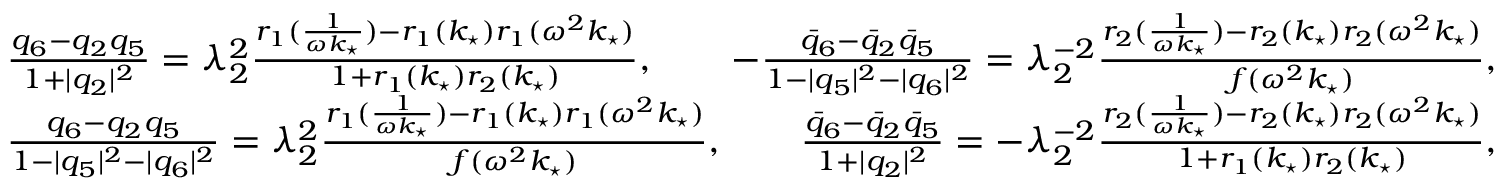
\begin{array} { r } { \frac { q _ { 6 } - q _ { 2 } q _ { 5 } } { 1 + | q _ { 2 } | ^ { 2 } } = \lambda _ { 2 } ^ { 2 } \frac { r _ { 1 } ( \frac { 1 } { \omega k _ { \star } } ) - r _ { 1 } ( k _ { \star } ) r _ { 1 } ( \omega ^ { 2 } k _ { \star } ) } { 1 + r _ { 1 } ( k _ { \star } ) r _ { 2 } ( k _ { \star } ) } , \qquad - \frac { \bar { q } _ { 6 } - \bar { q } _ { 2 } \bar { q } _ { 5 } } { 1 - | q _ { 5 } | ^ { 2 } - | q _ { 6 } | ^ { 2 } } = \lambda _ { 2 } ^ { - 2 } \frac { r _ { 2 } ( \frac { 1 } { \omega k _ { \star } } ) - r _ { 2 } ( k _ { \star } ) r _ { 2 } ( \omega ^ { 2 } k _ { \star } ) } { f ( \omega ^ { 2 } k _ { \star } ) } , } \\ { \frac { q _ { 6 } - q _ { 2 } q _ { 5 } } { 1 - | q _ { 5 } | ^ { 2 } - | q _ { 6 } | ^ { 2 } } = \lambda _ { 2 } ^ { 2 } \frac { r _ { 1 } ( \frac { 1 } { \omega k _ { \star } } ) - r _ { 1 } ( k _ { \star } ) r _ { 1 } ( \omega ^ { 2 } k _ { \star } ) } { f ( \omega ^ { 2 } k _ { \star } ) } , \qquad \frac { \bar { q } _ { 6 } - \bar { q } _ { 2 } \bar { q } _ { 5 } } { 1 + | q _ { 2 } | ^ { 2 } } = - \lambda _ { 2 } ^ { - 2 } \frac { r _ { 2 } ( \frac { 1 } { \omega k _ { \star } } ) - r _ { 2 } ( k _ { \star } ) r _ { 2 } ( \omega ^ { 2 } k _ { \star } ) } { 1 + r _ { 1 } ( k _ { \star } ) r _ { 2 } ( k _ { \star } ) } , } \end{array}